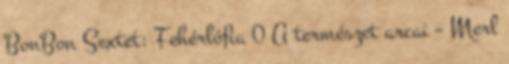
BonBon Sextet: Fehérlófia 0 A természet arcai – Merl